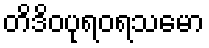
တိဒိဝပုရဝရသမော